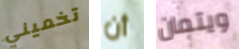
تخميني أن ويتمان